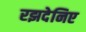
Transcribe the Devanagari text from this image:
रझदेनिए